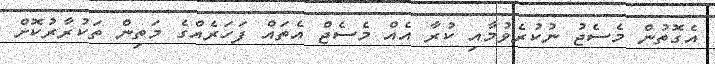
އެގޮތުން މެސެޖު ނުކުރެވުމާއި ކުރާ އެއް މެސެޖް އެތައް ފަހަރެއްގެ މަތިން ތަކުރާރުކޮށް